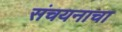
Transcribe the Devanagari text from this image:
संचयनाचा